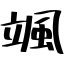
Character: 颯